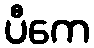
ပီကေ